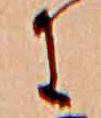
に